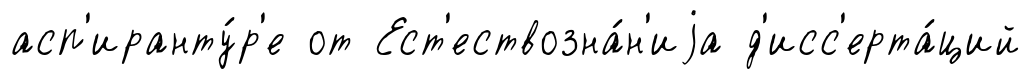
асп'иранту́р'е от Ест'ествозна́н'иjа д'исс'ерта́ций